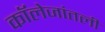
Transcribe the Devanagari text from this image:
कॉलेजांतली